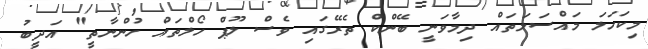
މިކަހަލަ މައްސަލަތައް ދިމާވަނީ ބޭންކް ތެރޭގައި ވެސް ލޫޕް ހޯލްތައް ހުންނާތީ" އަދީބު